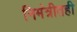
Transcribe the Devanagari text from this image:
निमंत्रीतही